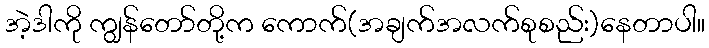
အဲ့ဒါကို ကျွန်တော်တို့က ကောက်(အချက်အလက်စုစည်း)နေတာပါ။